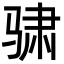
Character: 骕